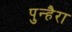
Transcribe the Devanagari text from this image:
पुन्हैरा